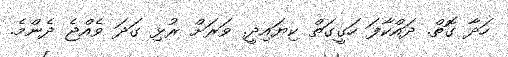
ހަދާ ގޮތް. ދައްކާފަ ހަގީގަތް ކިޔައިދީ. ވަރަށް ރުޅި ގަދަ ވެއްޖެ ދެންމެ.